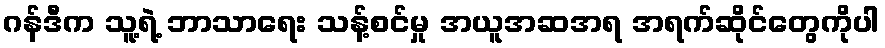
ဂန်ဒီက သူ့ရဲ့ ဘာသာရေး သန့်စင်မှု အယူအဆအရ အရက်ဆိုင်တွေကိုပါ